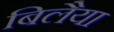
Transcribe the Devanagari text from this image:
बिलैया